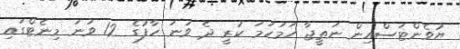
ޔުވެންޓަސްއިން ނަތީޖާ ހަމަހަމަ ކުރީ ދެ ވަނަ ހާފުގެ 12 ވަނަ މިނެޓްގައި